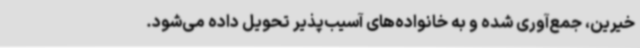
خیرین، جمع‌آوری شده و به خانواده‌های آسیب‌پذیر تحویل داده می‌شود.